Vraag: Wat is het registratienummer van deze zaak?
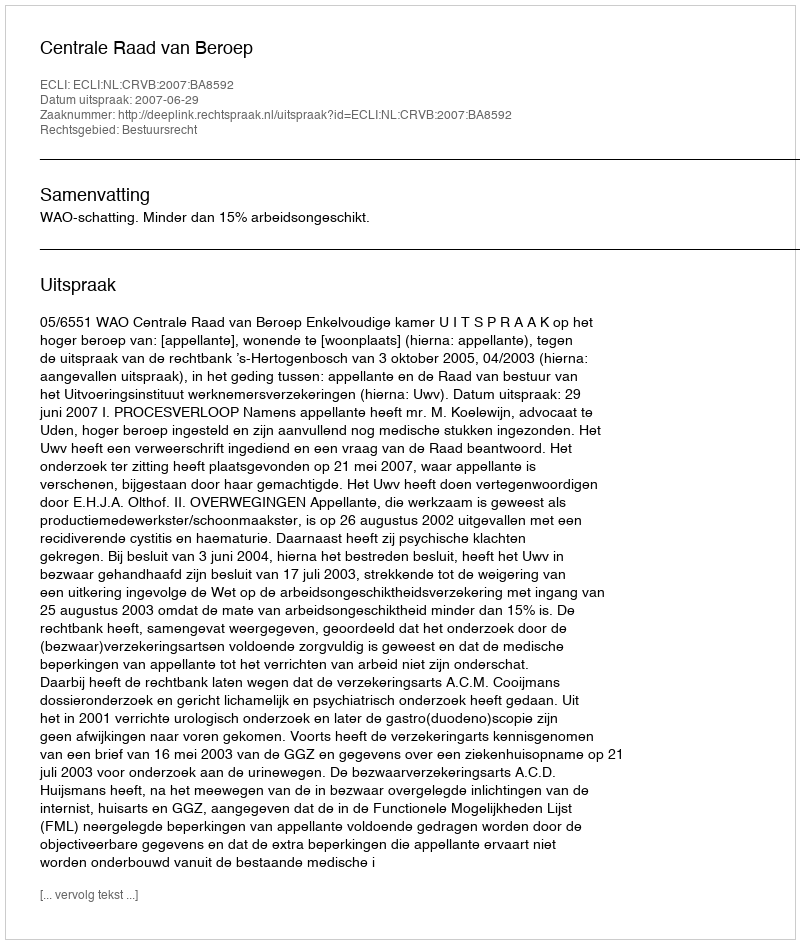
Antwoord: http://deeplink.rechtspraak.nl/uitspraak?id=ECLI:NL:CRVB:2007:BA8592